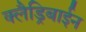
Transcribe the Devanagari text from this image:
क्लैड्रिबाईन